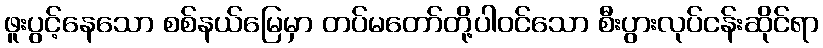
ဖူးပွင့်နေသော စစ်နယ်မြေမှာ တပ်မတော်တို့ပါဝင်သော စီးပွားလုပ်ငန်းဆိုင်ရာ